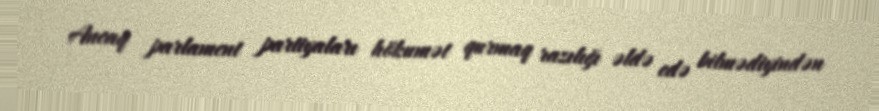
Ancaq parlament partiyaları hökumət qurmaq razılığı əldə edə bilmədiyindən